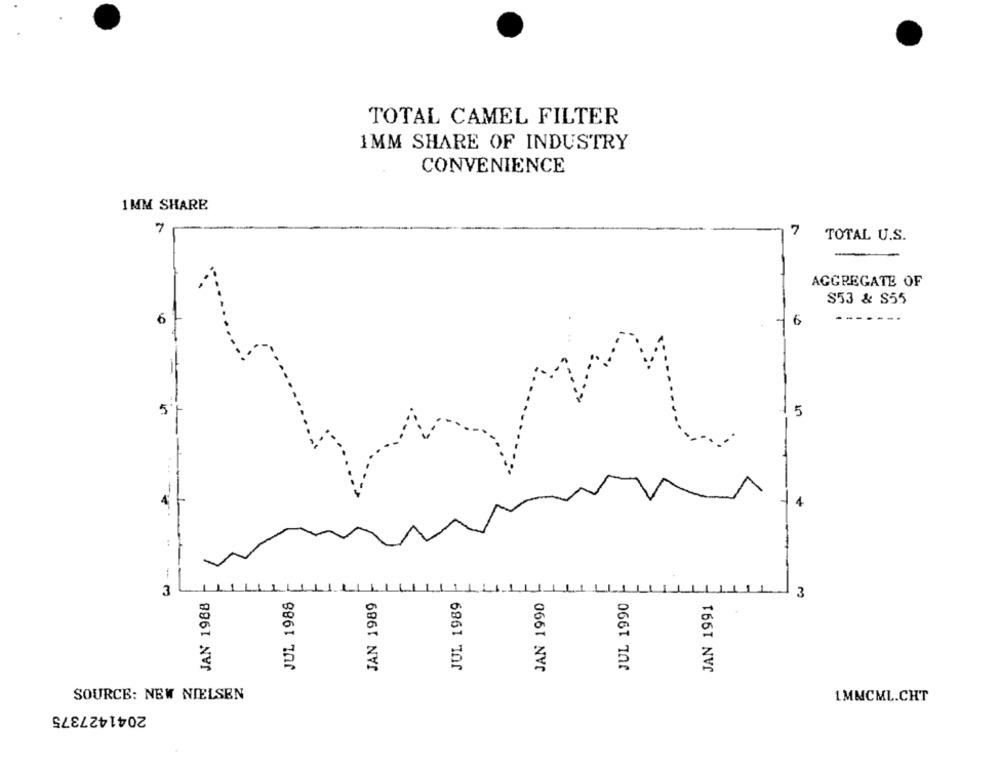
TOTAL CAMEL FILTER
1MM SHARE OF INDUSTRY
CONVENIENCE
1MM SHARE
7
TOTAL U.S.
AGGREGATE OF
S53 & S55
6
-----
5
5
3
JAN 1989
JUL 1990
3
JAN 1988
JUL 1988
JUL 1989
JAN 1990
JAN 1991
SOURCE: NEW NIELSEN
1MMCML.CHT
2041427375